Scientific memoirs by medical officers of the Army of India - Part V,
Year: 1890
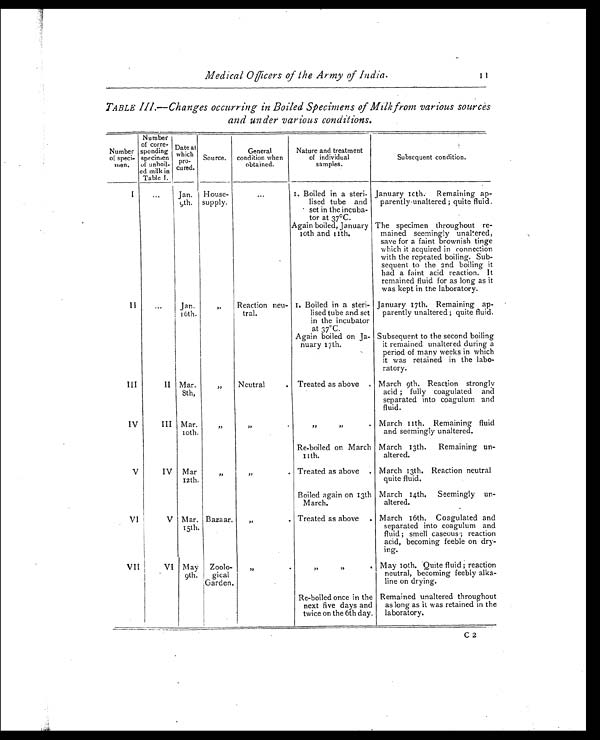
Medical Officers of the Army of India. 1 1
TABLE III.—Changes occurring in Boiled Specimens of Milk from various sources
and under various conditions.
Number
of speci-
men.
Number
of corre-
sponding
specimen
of unboil-
ed milk in
Table I.
Date at
which p r o -
cured.
Source.
General
condition when
obtained.
Nature and treatment
of individual
samples.
Subsequent condition.
I
...
Jan.
9th.
House-
supply.
. . .
I. Boiled in a steri-
lised tube and
set in the incuba -
tor at 37°C.
January 10th. Remaining ap-
parently . unaltered ; quite fluid.
.
Again boiled, January
10th and 11th.
The specimen throughout re-
mained seemingly unaltered,
save for a faint brownish tinge
which it acquired in connection
with the repeated boiling. Sub -
sequent to the 2nd boiling it
had a faint acid reaction. It
remained fluid for as long as it
was kept in the laboratory.
II
...
Jan.
16th.
„ Reaction neu-
tral.
I. Boiled in a steri-
lised tube and set
in the incubator
at 37°C.
January 17th. Remaining ap -
parently unaltered ; quite fluid.
Again boiled on Ja-
nuary 17th.
Subsequent to the second boiling
it remained unaltered during a
period of many weeks in which
it was retained in the labo-
ratory.
III
II Mar
8th,
„
Neutral . Treated as above . March 9th. Reaction strongly
acid ; fully coagulated and
separated into coagulum and
fluid.
IV
III Mar.
10th.
„
„
.
„
„
.
March 11th. Remaining fluid
and seemingly unaltered.
Re-boiled on March
11th.
March 13th. Remaining un-
altered.
V
IV Mar
12th.
„
„
. Treated as above . March 13th. Reaction neutral
quite fluid.
Boiled again on 13th
March.
March 14th. Seemingly un -
altered.
VI
V Mar.
15th.
Bazaar.
„ . Treated as above . March 16th. Coagulated and
separated into coagulum and
fluid; smell caseous; reaction
acid, becoming feeble on dry -
ing.
VII
VI May
9th.
Zoolo-
gical
Garden.
„ .
„
„
.
May 10th. Quite fluid ; reaction
neutral, becoming feebly alka -
line on drying.
Re-boiled once in the
next five days and
twice on the 6th day.
Remained unaltered throughout
as long as it was retained in the
laboratory.
C 2